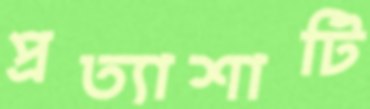
প্রত্যাশাটি